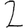
Digit: 2